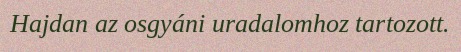
Hajdan az osgyáni uradalomhoz tartozott.